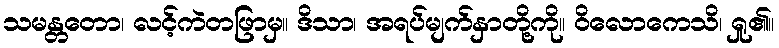
သမန္တတော၊ လင့်ကဲတဖြာမှ။ ဒိသာ၊ အရပ်မျက်နှာတို့ကို။ ဝိလောကေသိ၊ ရှု၏။